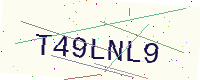
Text: T49LNL9